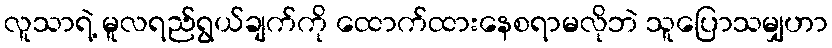
လူသာရဲ့ မူလရည်ရွယ်ချက်ကို ထောက်ထားနေစရာမလိုဘဲ သူပြောသမျှဟာ